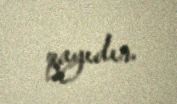
qayıdır.